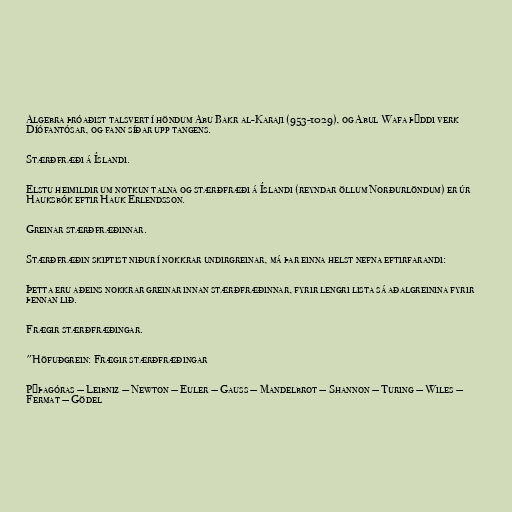
Algebra þróaðist talsvert í höndum Abu Bakr al-Karaji (953-1029), og Abul Wafa þýddi verk
Díófantósar, og fann síðar upp tangens.

Stærðfræði á Íslandi.

Elstu heimildir um notkun talna og stærðfræði á Íslandi (reyndar öllum Norðurlöndum) er úr
Hauksbók eftir Hauk Erlendsson.

Greinar stærðfræðinnar.

Stærðfræðin skiptist niður í nokkrar undirgreinar, má þar einna helst nefna eftirfarandi:

Þetta eru aðeins nokkrar greinar innan stærðfræðinnar, fyrir lengri lista sá aðalgreinina fyrir
þennan lið.

Frægir stærðfræðingar.

"Höfuðgrein: Frægir stærðfræðingar

Pýþagóras — Leibniz — Newton — Euler — Gauss — Mandelbrot — Shannon — Turing — Wiles —
Fermat — Gödel